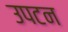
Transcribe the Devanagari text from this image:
उपटन